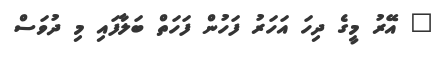
" އޭރު މީގެ ދިހަ އަހަރު ފަހުން ފަހަތް ބަލާފައި މި ދުވަސް